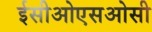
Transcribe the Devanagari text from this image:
ईसीओएसओसी